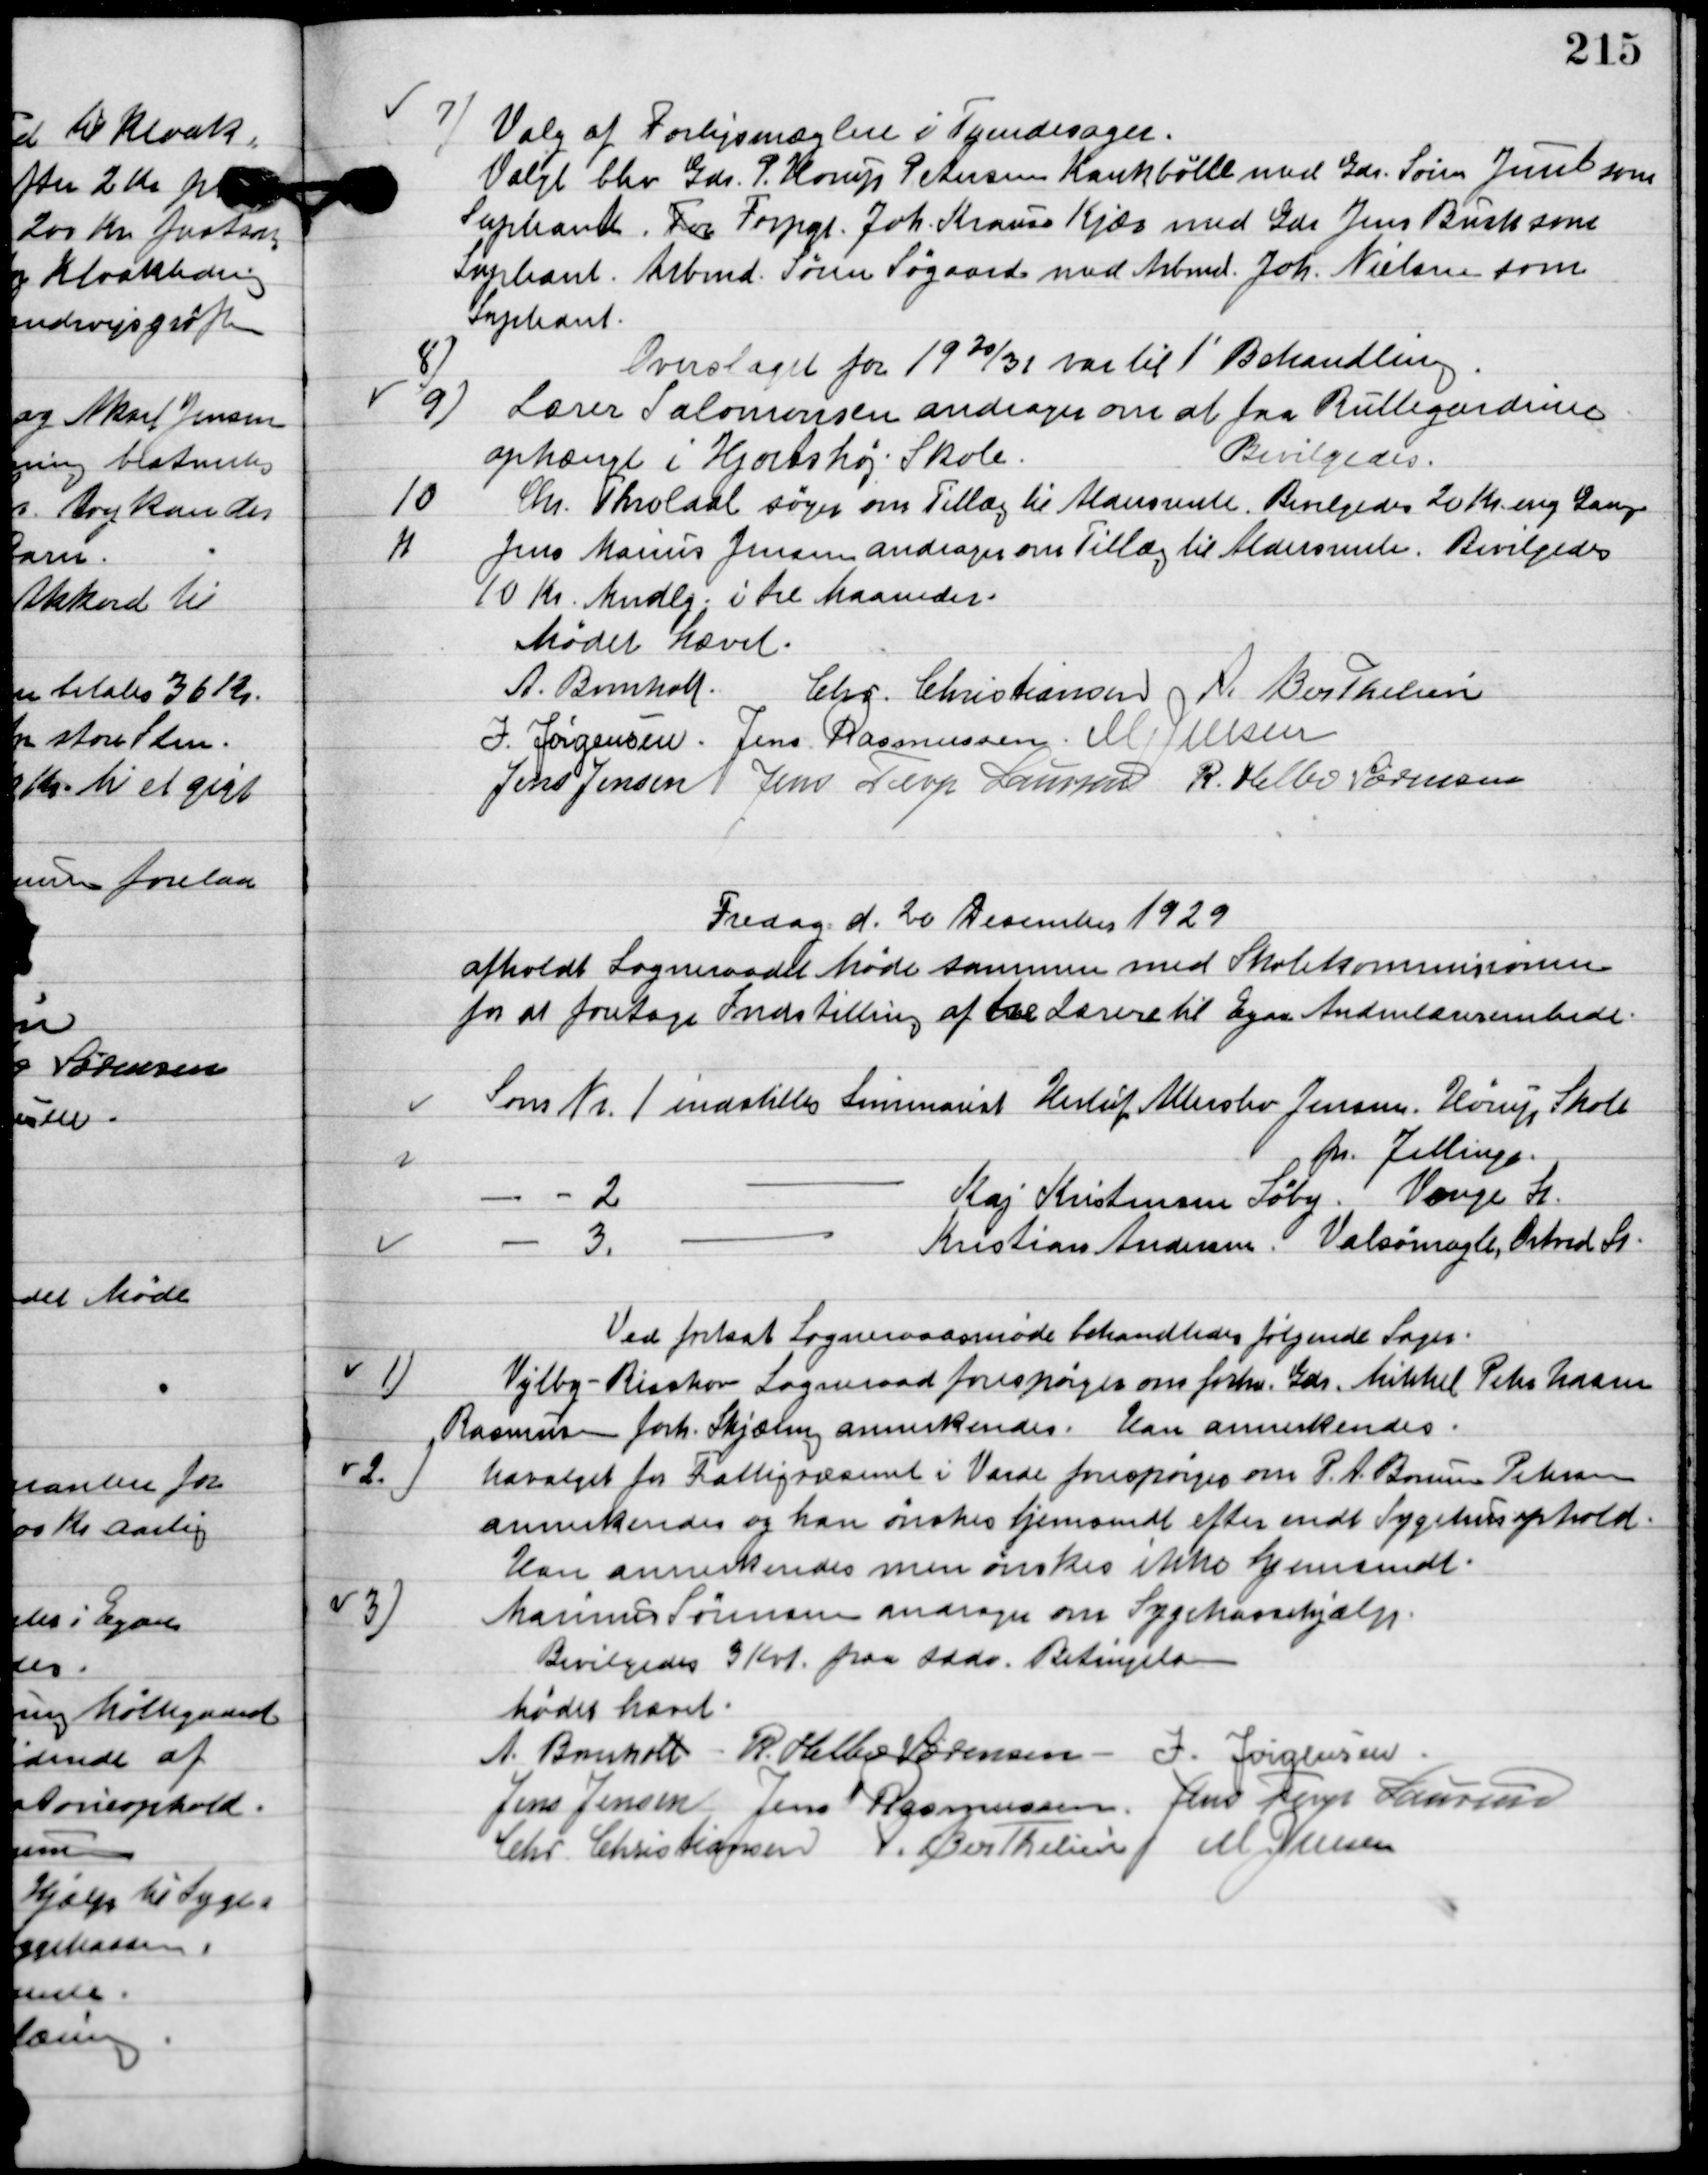
Transskription:
7

Valg af forhjsmæglere  i Tyendesager.
Valgt blev Gdr. P. Horup Petersen Krankbølle mod Gdr. Søren Jakobsen som
Suppleant Forpagt. Joh. Krause Kjær mod Gdr. Jens Busk som
Suppleant Arbmd. Søren Søgaard mod Arbmd. Joh. Nielsen som
Suppleant.

8

Overslaget for 19 20/31 var til 1´ Behandling

9

Lærer Salomonsen andrager om at faa Rullegardiner
ophængt i Hjortshøj skole
Bevilgedes.

10

Chr. Thordahl søger om Tillæg til Aldersrente.
Bevilgedes 20 Kr. eng lange

11

Jens Marius Jensen andrager om Tillæg til Aldersrente.
Bevilgedes
10 kr. Mndlg. i tre Maaneder.

Mødet hævet.

A. Bomholt
Chr. Christiansen
A. Berthelsen
I. Jørgensen
Jens Rasmussen
M. Jensen
Jens Jensen
Jens Terp Laursen
R. Helbo Sørensen

Fredag d. 20. Desember 1929
 afholdt sognerådet Møde sammen med Skolekommissionen 
for at foretage Indstilling af tre Lærer til Egaa Anden lærer embedet.
Som Nr. 1. indstilles Seminarist Herluf Allerslev Jensen, Hørup skole
Øs. Jelling 
Som Nr. 2. indstilles Kaj Kristensen Søby. Vonge Sk.
Som Nr. 3. indstilles Kristian Andersen, Valsømagle, Ortved Sk.

Ved fortsat Sogneraadsmøde behandledes følgendes sager:

1

Vejlby-Risskov sogneraad forespørger om forhv. Gdr. Mikkel Peter Hansen
Rasmussen forh. Skjæring annerkendes.
Han annerkendes.

2

Udvalget for Fattigaarden i Varde forespørger om P.A. Borum Petersen
annerkendes og han ønskes hjemsendt efter endt Sygehusophold.
Han annerkendes men han ønsker ikke hjemsendt.

3

Marius Sørensen andrager om Sygekassehjælp.
Bevilgedes 3 Kvt. paa sædv. Betingelser.

Mødet hævet.

A. Bomholt
R. Helbo Sørensen
I. Jørgensen
Jens Jensen
Jens Rasmussen
Jens Terp Laursen
Chr. Christiansen
A. Berthelsen
M. Jensen